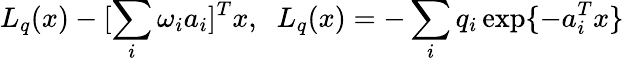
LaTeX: L_{q}(x)-[\sum_{i}\omega_{i}a_{i}]^{T}x,\; \; L_{q}(x)=-\sum_{i}q_{i}\exp\{ -a_{i}^{T}x\}